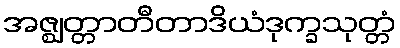
အဇ္ဈတ္တာတီတာဒိယံဒုက္ခသုတ္တံ